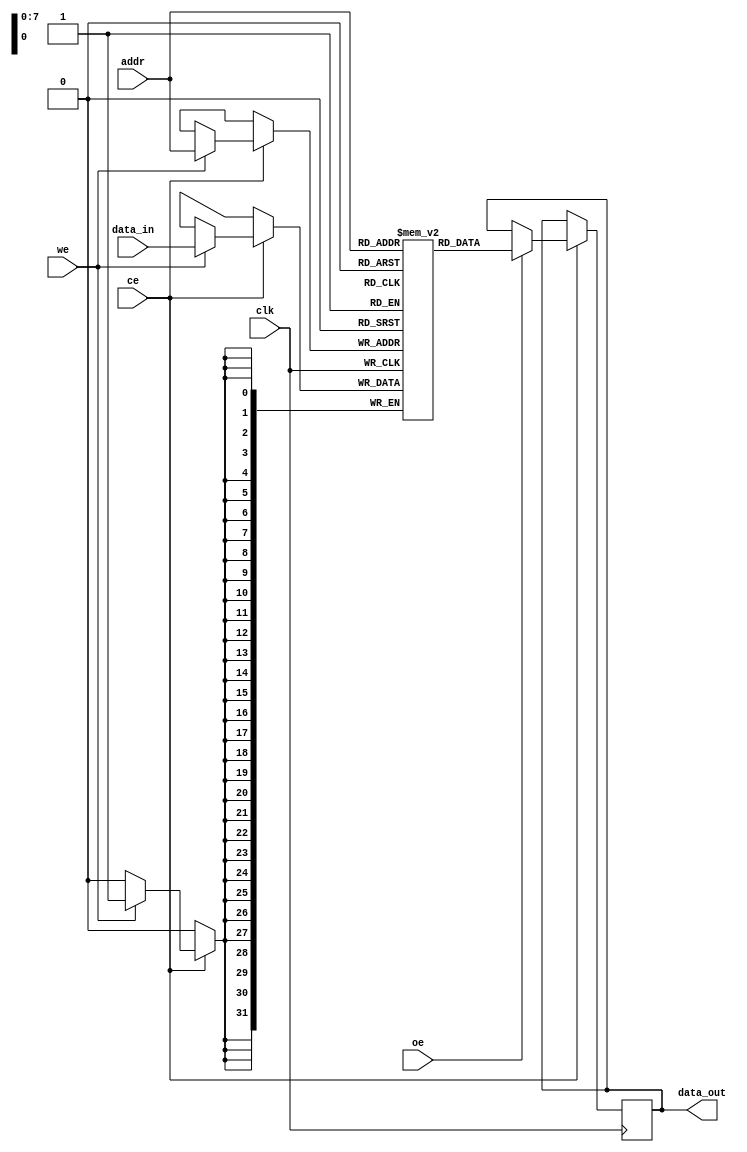
module TCSM #(
    parameter DATA_WIDTH = 32,           // Width of each data entry
    parameter ADDR_WIDTH = 8,            // Address width (for 256 entries)
    parameter MEM_DEPTH = 1 << ADDR_WIDTH // Total number of memory entries
)(
    input wire clk,                       // Clock signal
    input wire ce,                        // Chip Enable
    input wire we,                        // Write Enable
    input wire oe,                        // Output Enable
    input wire [ADDR_WIDTH-1:0] addr,    // Address bus
    input wire [DATA_WIDTH-1:0] data_in, // Data input
    output reg [DATA_WIDTH-1:0] data_out  // Data output
);

    // Memory array declaration
    reg [DATA_WIDTH-1:0] memory [0:MEM_DEPTH-1];

    // Read and Write Operations
    always @(posedge clk) begin
        if (ce) begin
            if (we) begin
                // Write operation
                memory[addr] <= data_in; // Store data at specified address
            end
            
            if (oe) begin
                // Read operation
                data_out <= memory[addr]; // Output data from specified address
            end
        end
    end

endmodule